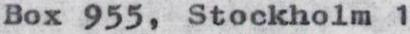
Box 955, Stockholm 1